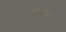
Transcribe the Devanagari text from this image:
नित्येश्वर